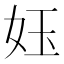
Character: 𡛼